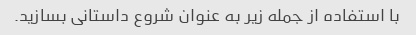
با استفاده از جمله زیر به عنوان شروع داستانی بسازید.